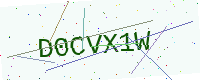
Text: D0CVX1W